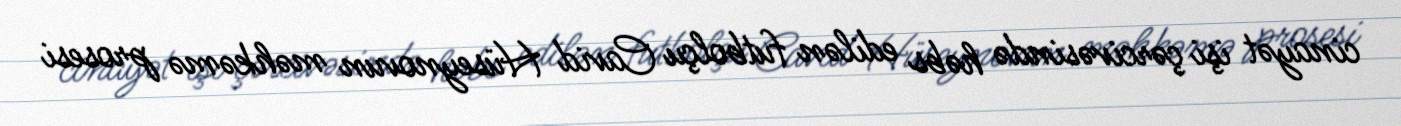
cinayət işi çərcivəsində həbs edilən futbolçu Cavid Hüseynovun məhkəmə prosesi